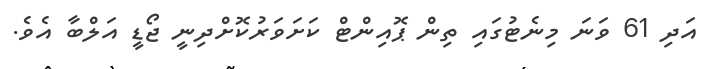
އަދި 61 ވަނަ މިނެޓުގައި ތިން ޕޮއިންޓް ކަށަވަރުކޮށްދިނީ ޖޯޑީ އަލްބާ އެވެ.